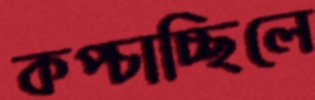
কপ্‌চাচ্ছিলে